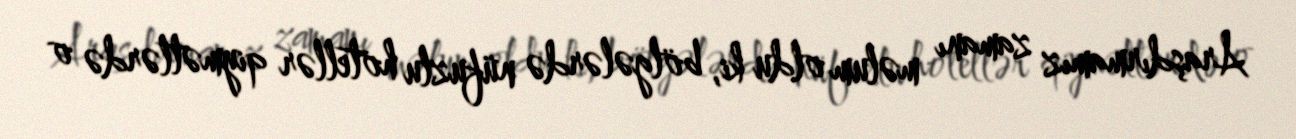
Araşdırmamız zamanı məlum oldu ki, bölgələrdə nüfuzlu hotellər qiymətlərdə o